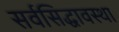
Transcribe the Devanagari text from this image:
सर्वसिद्धावस्था